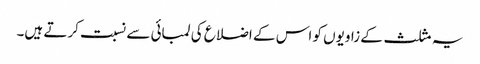
یہ مثلث کے زاویوں کو اس کے اضلاع کی لمبائی سے نسبت کرتے ہیں۔